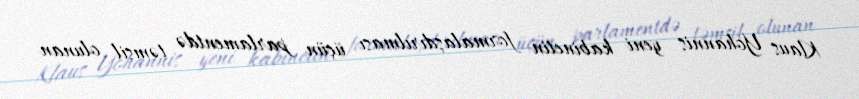
Klaus Yohannis yeni kabinetin formalaşdırılması üçün parlamentdə təmsil olunan